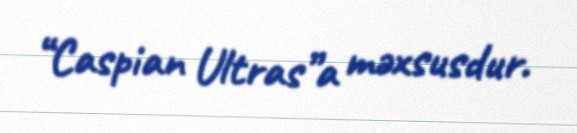
“Caspian Ultras”a məxsusdur.